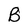
Character: B